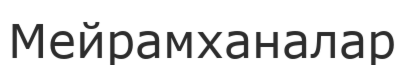
Мейрамханалар